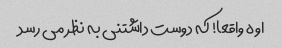
اوه واقعا! که دوست داشتنی به نظر می رسد